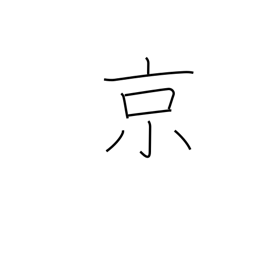
Meaning: 10**16